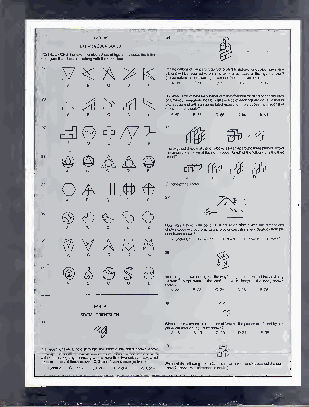
PARTIV
 EXTRANEOUSFIGURES
 C D E
 gf (faTtlhhlrr Aoee .nees 1g cw 9a uillbll eobsnes io nrfetqp hBaue.iin lr 2t oe 0wda ertreor rpieagq hiu tni
 C.21 D22 E.23
 ofafive-by-live-squan
 C DD E A.62 B.63 C:66 D68 E.6
 C D E Thelargesolidfigure
 C D E
 G D E
 ^ O
 <D Sb
 C .0 € show \.n ua"nbidonevsreh6ow 7iw"tnh?out Br .ot 6a 7t -i 7ng 1"anyb Cl .oc 7k 2m -o 7r 6e "than D.ni 7n 7e -ty 81d "egree Es .fr
 C D E
 C D E A ahabslosfvu Aw .ema?iy 2n 2tghtrhoautght,wo Bw .hho 2al 3tesisgothaelltto Cht .eal 2w 4anyumtbherorugo Dhf .tf 2ha 5ececsuboefatnhed E.tb 2ho 6edtyhirsic
 PARTV
 SPATIALORIENTATION
 Wplhaant Ae.ios 1ut 8thethmraoxugihm But.hme1t 9foitaglurneusmhboe Cwr .n2o?f 0facesoft Dh .e 21piecespro Ed .u 2c 2edbyor
 wcIsf it uatbarhetoiw un otog rr ccm rw uiot bsghsen isacnw gu olsbae tna hyo1 sh beo oal un me nd adrt aph krra eyos duswgi 2hh .neg 3rt .eht aehmnroe doriu Ag eghhtci ha-eancanuc ib tthe ewomsc eo cul rubi gbde ees se fhx rmao ocew mten ?lty